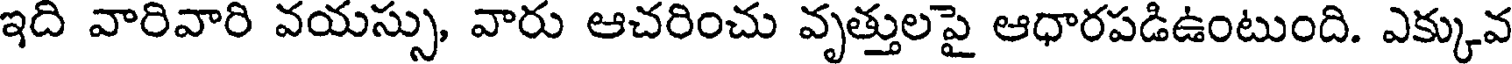
ఇది వారివారి వయస్సు, వారు ఆచరించు వృత్తులపై ఆధారపడిఉంటుంది. ఎక్కువ